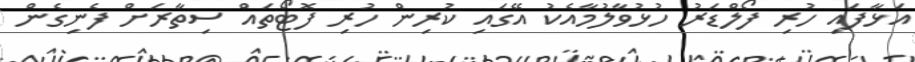
އަޅާފައި ހުރި ފޯލްޑަރު ހުޅުވާލުމާއެކު އޭގައި ކުރިން ހުރި ފޮޓޯތައް ސިތާރަށް ފެނިގެން